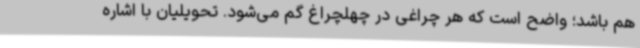
هم باشد؛ واضح است که هر چراغی در چهلچراغ گم می‌شود. تحویلیان با اشاره